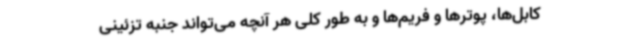
کابل‌ها، پوترها و فریم‌ها و به طور کلی هر آنچه می‌تواند جنبه تزئینی